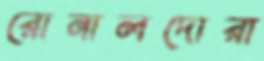
রোনালদোরা